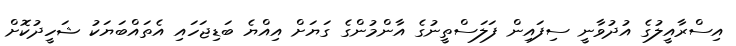
އިސްރާއީލުގެ އުދުވާނީ ސިފައިން ފަލަސްތީނުގެ އާންމުންގެ ގަޔަށް އިއްޔެ ބަޑިޖަހައި އެތައްބަޔަކު ޝަހީދުކޮށް